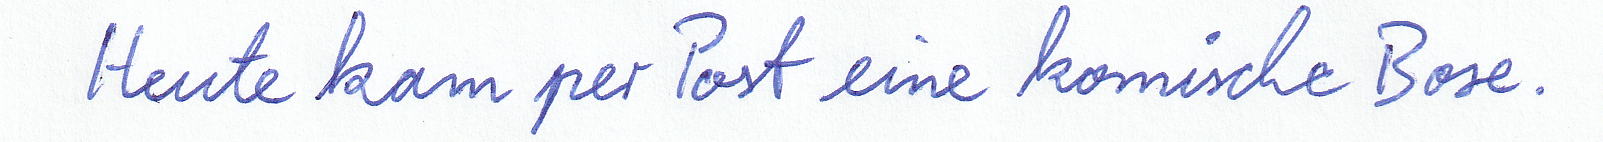
Heute kam per Post eine komische Box.